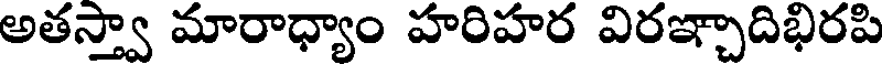
అతస్త్వా మారాధ్యాం హరిహర విరఞ్చాదిభిరపి